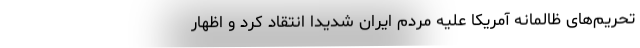
تحریم‌های ظالمانه آمریکا علیه مردم ایران شدیداً انتقاد کرد و اظهار